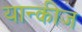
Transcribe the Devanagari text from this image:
यान्कीज